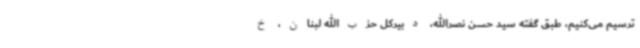
ترسیم می‌کنیم، طبق گفته سید حسن نصرالله، دبیرکل حزب‌الله لبنان، خ